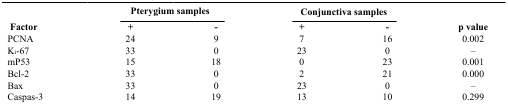
<table><thead><tr><td><b> </b></td><td colspan="2"><b>Pterygium samples</b></td><td colspan="2"><b>Conjunctiva samples</b></td><td><b> </b></td></tr><tr><td><b> Factor</b></td><td><b>+</b></td><td><b>-</b></td><td><b>+</b></td><td><b>-</b></td><td><b>p value</b></td></tr></thead><tbody><tr><td>PCNA</td><td>24</td><td>9</td><td>7</td><td>16</td><td>0.002</td></tr><tr><td>K<sub>i</sub>-67</td><td>33</td><td>0</td><td>23</td><td>0</td><td>–</td></tr><tr><td>mP53</td><td>15</td><td>18</td><td>0</td><td>23</td><td>0.001</td></tr><tr><td>Bcl-2</td><td>33</td><td>0</td><td>2</td><td>21</td><td>0.000</td></tr><tr><td>Bax</td><td>33</td><td>0</td><td>23</td><td>0</td><td>–</td></tr><tr><td>Caspas-3</td><td>14</td><td>19</td><td>13</td><td>10</td><td>0.299</td></tr></tbody></table>